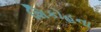
શિકોહના